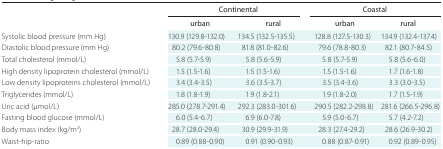
<table><thead><tr><td></td><td colspan="2"><b>Continental</b></td><td colspan="2"><b>Coastal</b></td></tr><tr><td></td><td><b>urban</b></td><td><b>rural</b></td><td><b>urban</b></td><td><b>rural</b></td></tr></thead><tbody><tr><td>Systolic blood pressure (mm Hg)</td><td>130.9 (129.8-132.0)</td><td>134.5 (132.5-135.5)</td><td>128.8 (127.5-130.3)</td><td>134.9 (132.4-137.4)</td></tr><tr><td>Diastolic blood pressure (mm Hg)</td><td>80.2 (79.6-80.8)</td><td>81.8 (81.0-82.6)</td><td>79.6 (78.8-80.3)</td><td>82.1 (80.7-84.5)</td></tr><tr><td>Total cholesterol (mmol/L)</td><td>5.8 (5.7-5.9)</td><td>5.8 (5.6-5.9)</td><td>5.8 (5.7-5.9)</td><td>5.8 (5.6-6.0)</td></tr><tr><td>High density lipoprotein cholesterol (mmol/L)</td><td>1.5 (1.5-1.6)</td><td>1.5 (1.5-1.6)</td><td>1.5 (1.5-1.6)</td><td>1.7 (1.6-1.8)</td></tr><tr><td>Low density lipoproteins cholesterol (mmol/L)</td><td>3.4 (3.4-3.5)</td><td>3.6 (3.5-3.7)</td><td>3.5 (3.4-3.6)</td><td>3.3 (3.0-3.5)</td></tr><tr><td>Triglycerides (mmol/L)</td><td>1.8 (1.8-1.9)</td><td>1.9 (1.8-2.1)</td><td>1.9 (1.8-2.0)</td><td>1.7 (1.5-1.9)</td></tr><tr><td>Uric acid (μmol/L)</td><td>285.0 (278.7-291.4)</td><td>292.3 (283.0-301.6)</td><td>290.5 (282.2-298.8)</td><td>281.6 (266.5-296.8)</td></tr><tr><td>Fasting blood glucose (mmol/L)</td><td>6.0 (5.4-6.7)</td><td>6.9 (6.0-7.8)</td><td>5.9 (5.0-6.7)</td><td>5.7 (4.2-7.2)</td></tr><tr><td>Body mass index (kg/m<sup>2</sup>)</td><td>28.7 (28.0-29.4)</td><td>30.9 (29.9-31.9)</td><td>28.3 (27.4-29.2)</td><td>28.6 (26.9-30.2)</td></tr><tr><td>Waist-hip-ratio</td><td>0.89 (0.88-0.90)</td><td>0.91 (0.90-0.93)</td><td>0.88 (0.87-0.91)</td><td>0.92 (0.89-0.95)</td></tr></tbody></table>